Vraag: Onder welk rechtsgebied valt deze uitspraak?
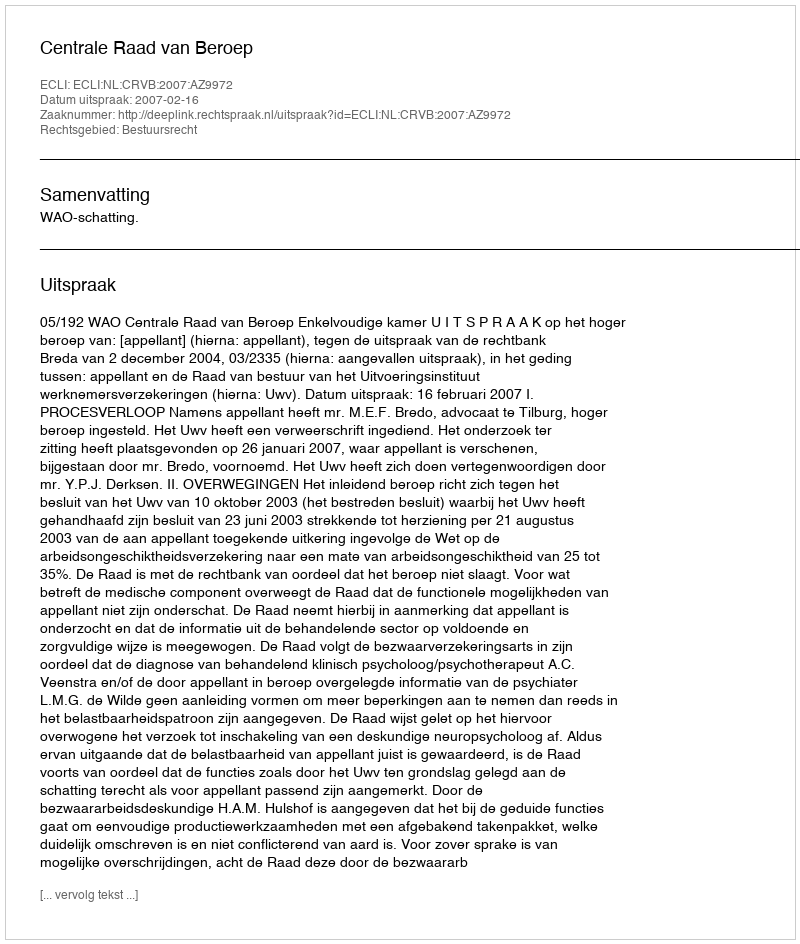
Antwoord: Bestuursrecht